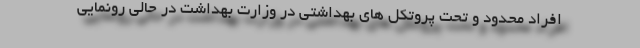
افراد محدود و تحت پروتکل های بهداشتی در وزارت بهداشت در حالی رونمایی